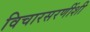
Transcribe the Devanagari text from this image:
विचारसरणींशी